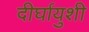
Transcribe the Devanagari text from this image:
दीर्घायुशी